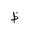
Letter: _za